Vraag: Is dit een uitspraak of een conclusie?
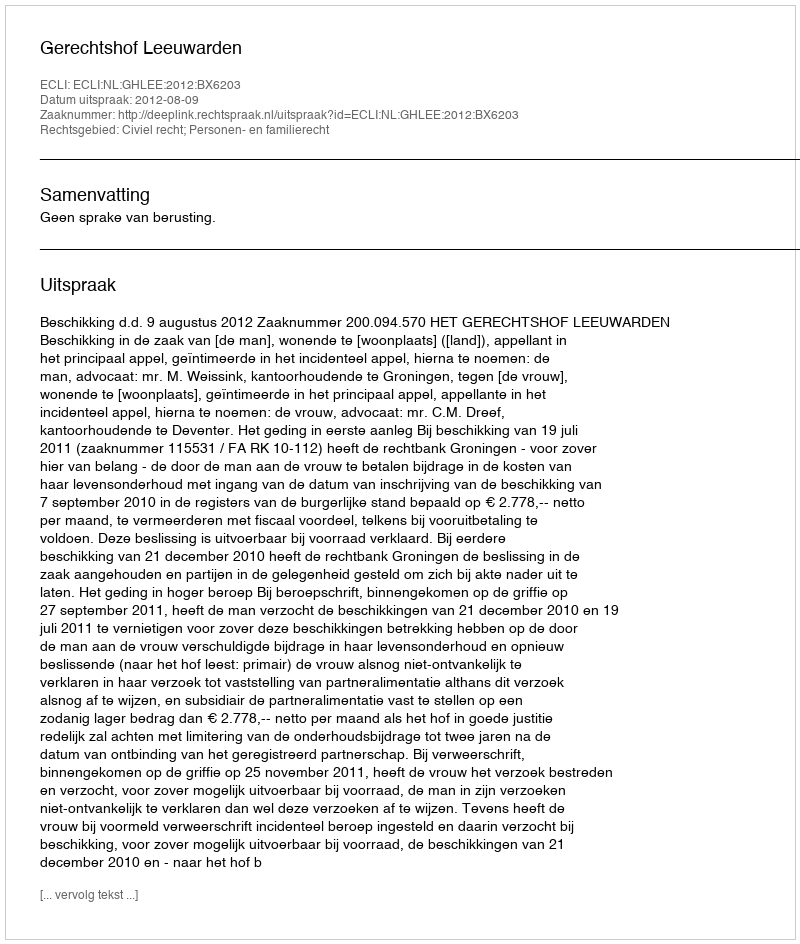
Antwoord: Uitspraak